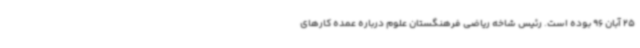
25 آبان 96 بوده است. رئیس شاخه ریاضی فرهنگستان علوم درباره عمده کارهای